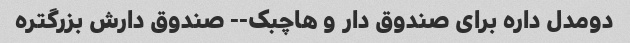
دومدل داره برای صندوق دار و هاچبک-- صندوق دارش بزرگتره